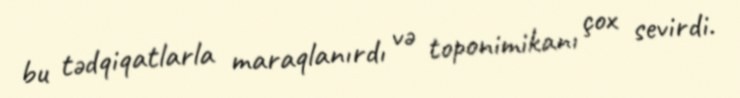
bu tədqiqatlarla maraqlanırdı və toponimikanı çox sevirdi.